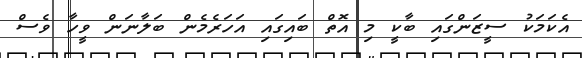
އެކަމަކު ސީޒަންގައި ބާކީ މި އޮތް ބައިގައި އަހަރެމެން ބަލާނަން ވީހާ ވެސް